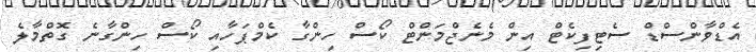
އެޑްވާންސްޑް ސެޓިފިކެޓް އިން މެނެޖްމަންޓް ކޯސް ހިންގާ ކެމްޕަހާއި ކޯސް ހިންގާނެ ގޮތްމާލެ